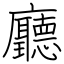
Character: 廳